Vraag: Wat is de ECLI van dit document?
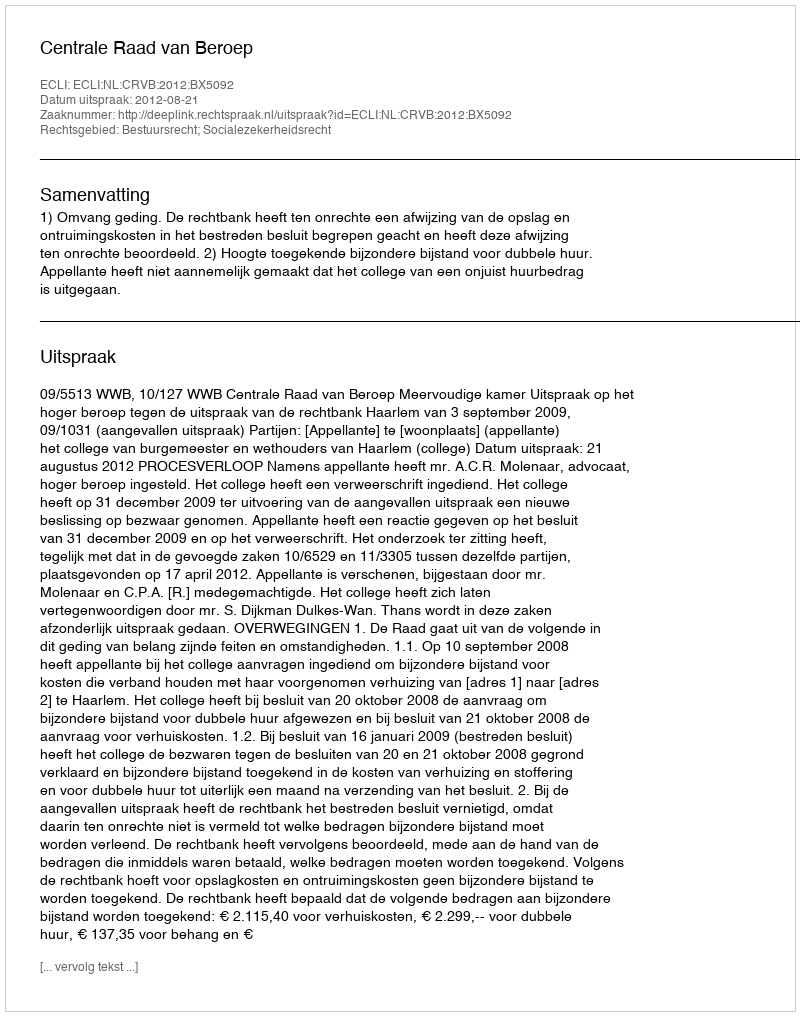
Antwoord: ECLI:NL:CRVB:2012:BX5092